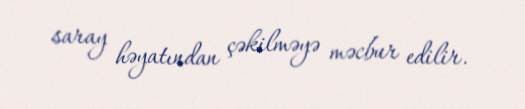
saray həyatından çəkilməyə məcbur edilir.